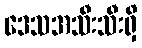
ဒေသအသီးသီးရှိ